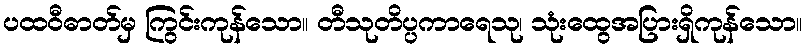
ပထဝီဓာတ်မှ ကြွင်းကုန်သော။ တီသုတိပ္ပကာရေသု၊ သုံးထွေအပြားရှိကုန်သော။